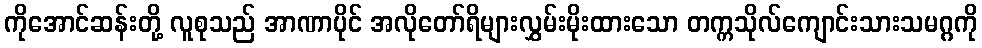
ကိုအောင်ဆန်းတို့ လူစုသည် အာဏာပိုင် အလိုတော်ရိများလွှမ်းမိုးထားသော တက္ကသိုလ်ကျောင်းသားသမဂ္ဂကို